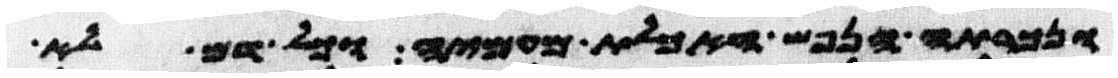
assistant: ונכרתה הנפש האכלת מעמיה וכל דם לא